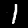
Digit: 1